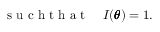
\mathrm { ~ s ~ u ~ c ~ h ~ t ~ h ~ a ~ t ~ } \quad I ( \pmb \theta ) = 1 .